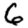
Digit: 6